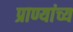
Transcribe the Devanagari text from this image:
प्राण्यांच्य